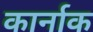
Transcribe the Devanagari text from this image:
कार्नाक